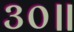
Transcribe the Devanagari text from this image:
३०॥